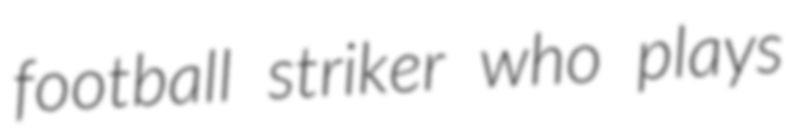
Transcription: football striker who plays